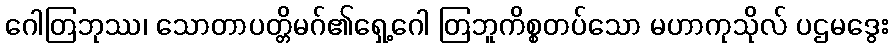
ဂေါတြဘုဿ၊ သောတာပတ္တိမဂ်၏ရှေ့ဂေါ တြဘူကိစ္စတပ်သော မဟာကုသိုလ် ပဌမဒွေး